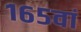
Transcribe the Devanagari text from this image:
१६५वां